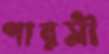
পারসী